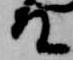
殿